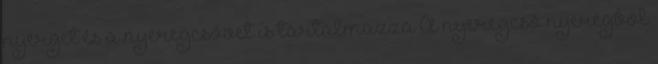
nyerget és a nyeregcsövet is tartalmazza A nyeregcső nyeregből